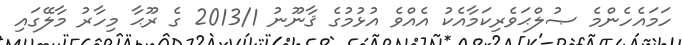
ހަމައެހެންމެ ޞުލްޙަވެރިކަމާއެކު އެއްވެ އުޅުމުގެ ޤާނޫނު 2013/1 ގެ ރޫޙާ މިހާރު މާލޭގައި